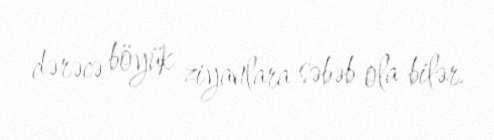
dərəcə böyük ziyanlara səbəb ola bilər.